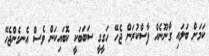
ކަމަށް ބަލައި ގާނޫނެއް ފާސްކުރަން ޖެހޭ ހަގީގީ ސަބަބަކީ ކޮބައިކަން ވެސް އެނގެންޖެހޭ